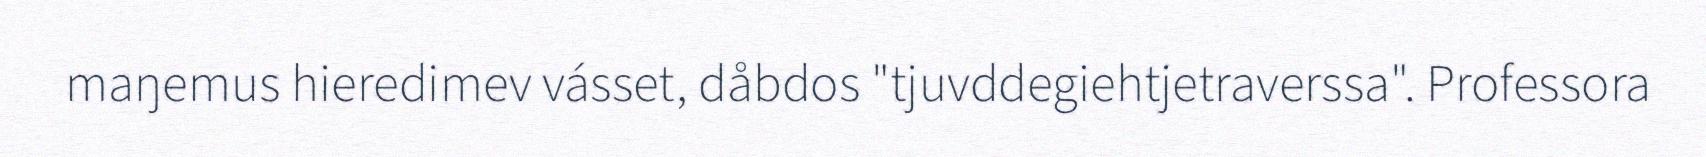
maŋemus hieredimev vásset, dåbdos "tjuvddegiehtjetraverssa". Professora